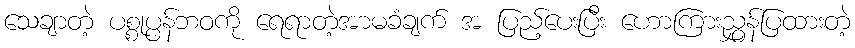
သေချာတဲ့ ပစ္စုပ္ပန်ဘဝကို ရေရာတဲ့အာမခံချက် အ ပြည့်ပေးပြီး ဟောကြားညွှန်ပြထားတဲ့